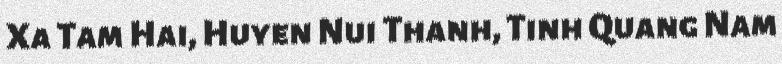
Xa Tam Hai, Huyen Nui Thanh, Tinh Quang Nam